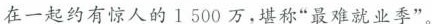
在一起约有惊人的1500万，堪称”最难就业季”